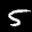
Label: 5